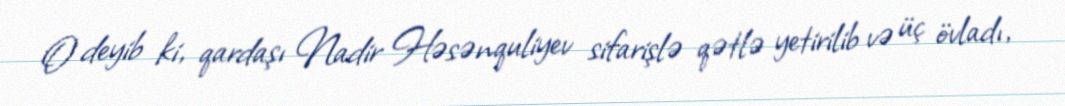
O deyib ki, qardaşı Nadir Həsənquliyev sifarişlə qətlə yetirilib və üç övladı,